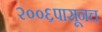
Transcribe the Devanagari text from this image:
२००६पासूनच